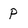
Character: P